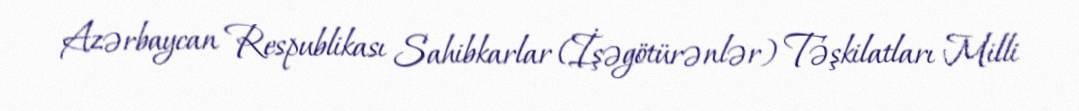
Azərbaycan Respublikası Sahibkarlar (İşəgötürənlər) Təşkilatları Milli